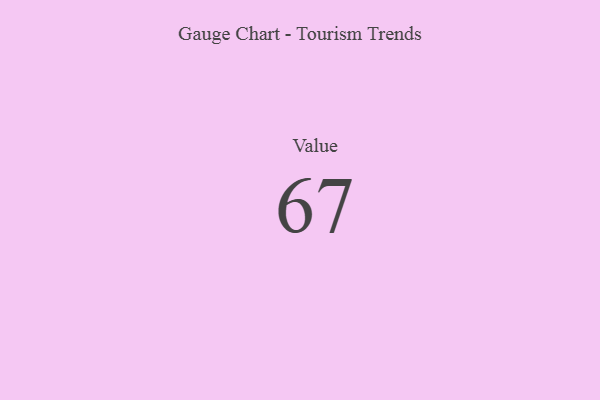
{"axis": {"x": "Metric", "y": "Value"}, "legend": [""], "data": [{"x": "Value", "y": 67, "type": ""}]}